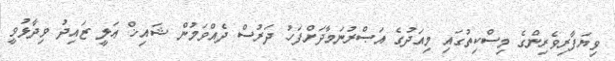
ވިޔަފާރިވެރިންގެ މިސްކިތުގައި މިއަދުގެ އަޞްރުނަމާދަށްފަހު ދަރުސް ދެއްވަމުން ޝައިޚް ޢަލީ ޒައިދު ވިދާޅުވީ